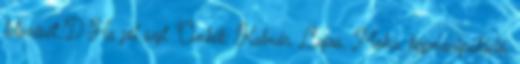
tetszését.:D Ha jól sejt. Címkék: Kalmár, Lajos, Moha, képmanipuláció,